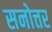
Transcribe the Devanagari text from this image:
सनोत्तर